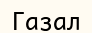
Газал